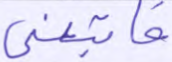
فاتبعني